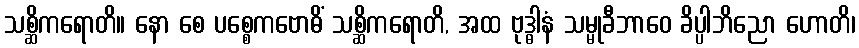
သစ္ဆိကရောတိ။ နော စေ ပစ္စေကဗောဓိံ သစ္ဆိကရောတိ, အထ ဗုဒ္ဓါနံ သမ္မုခီဘာဝေ ခိပ္ပါဘိညော ဟောတိ၊